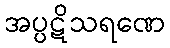
အပ္ပဋိသရဏေ